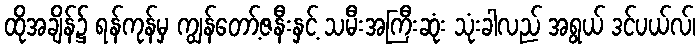
ထိုအချိန်၌ ရန်ကုန်မှ ကျွန်တော့်ဇနီးနှင့် သမီးအကြီးဆုံး သုံးခါလည် အရွယ် ဒင်ပယ်လ်၊